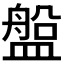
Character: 𥂟